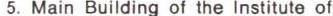
5. Main Building of the Institute of